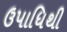
ઉપાધિથી